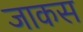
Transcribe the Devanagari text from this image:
जाकस